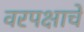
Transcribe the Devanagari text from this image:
वरपक्षाचे